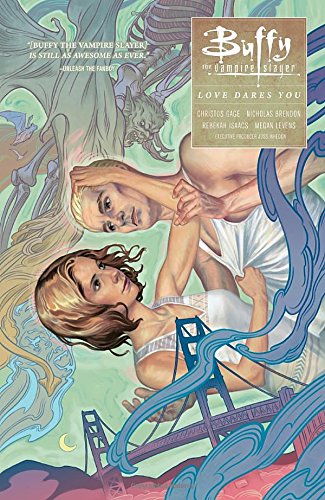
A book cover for Buffy: Season Ten Volume 3 Love Dares You (Buffy the Vampire Slayer); Rebekah Isaacs; Comics & Graphic Novels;